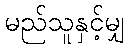
မည်သူနှင့်မျှ